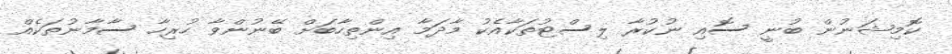
ކޮމިޝަނުން ބުނީ ސޮއި ނުކުރާ ލިސްޓުތަކާއެކު މާދަމާ އިންތިހާބަށް ބޭނުންވާ ހުރިހާ ސާމާނުތަކެއް